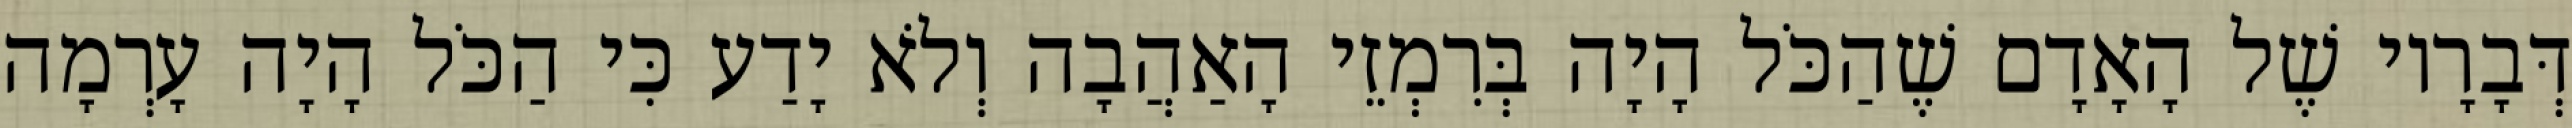
דְּבָרָיו שֶׁל הָאָדָם שֶׁהַכֹּל הָיָה בְּרִמְזֵי הָאַהֲבָה וְלֹא יָדַע כִּי הַכֹּל הָיָה עָרְמָה